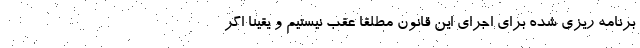
برنامه ریزی شده برای اجرای این قانون مطلقا عقب نیستیم و یقینا اگر